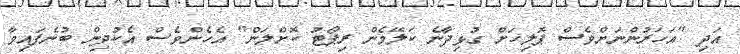
އަދި "އަހަރުންނަށްވެސް ޕޮލިހަށް ގުޅިދާނެ ކަލޭމެން ރިޕޯޓު ކޮށްލަން" އެހެންވެސް އެކުދިން ބުނެފައިވާ